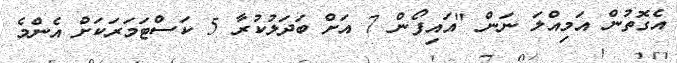
އެގޮތުން އަމިއްލަ ނަން "އައިފޯން 7 އަށް ބަދަލުކުރާ 5 ކަސްޓަމަރަކަށް އެންމެ